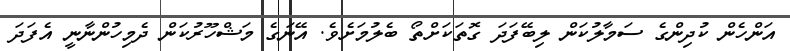
އަންހެން ކުދިންގެ ސަމާލުކަން ލިބޭފަދަ ގޮތަކަށްތޯ ބެލުމަށެވެ. އޭނަގެ މަޝްހޫރުކަން ދެމިހުންނާނީ އެފަދަ